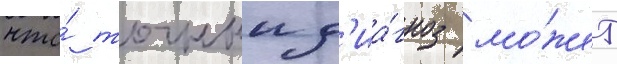
что́ точныи д'иа́гноз мо́жет